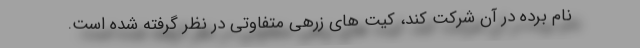
نام برده در آن شرکت کند، کیت های زرهی متفاوتی در نظر گرفته شده است.